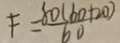
F = \frac { 8 0 ( 6 0 + 2 0 ) } { b 0 }